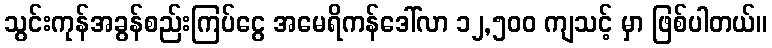
သွင်းကုန်အခွန်စည်းကြပ်ငွေ အမေရိကန်ဒေါ်လာ ၁၂,၅၀၀ ကျသင့် မှာ ဖြစ်ပါတယ်။